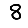
Digit: 8